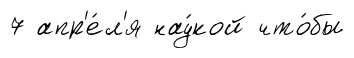
7 апр'е́л'я нау́кой что́бы